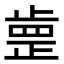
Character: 𣦐